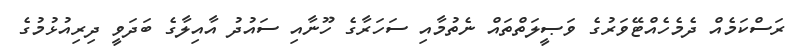
ރަސްކަމެއް ދެމެހެއްޓޭވަރުގެ ވަޞީލަތްތައް ނެތުމާއި ސަހަރާގެ ހޫނާއި ސައުދު އާއިލާގެ ބަދަވީ ދިރިއުޅުމުގެ